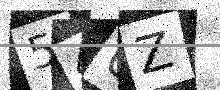
Text: 54UZ